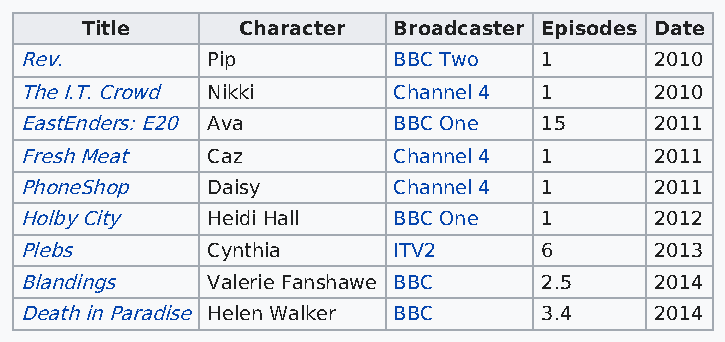
Title      Character Broadcaster Episodes Date
 Rev.         Pip         BBC Two   1      2010
 The I.T. Crowd Nikki     Channel 4 1      2010
 EastEnders: E20 Ava      BBC One   15     2011
 Fresh Meat   Caz         Channel 4 1      2011
 PhoneShop    Daisy       Channel 4 1      2011
 Holby City   Heidi Hall  BBC One   1      2012
 Plebs        Cynthia     ITV2      6      2013
 Blandings    Valerie Fanshawe BBC  2.5    2014
 Death in Paradise Helen Walker BBC 3.4    2014